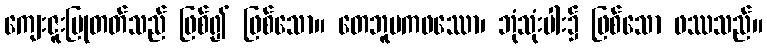
ကျေးဇူးပြုတတ်သည် ဖြစ်၍ ဖြစ်သော။ တေဘူမကဖဿော၊ ဘုံသုံးပါး၌ ဖြစ်သော ဖဿသည်။